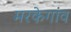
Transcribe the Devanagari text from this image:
मरकेगांव